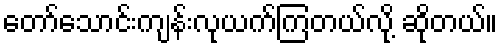
တော်သောင်းကျန်းလုယက်ကြတယ်လို့ ဆိုတယ်။